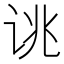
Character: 𫍥